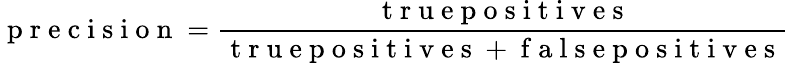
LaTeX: \mathrm{~p~r~e~c~i~s~i~o~n~}=\frac{\mathrm{~t~r~u~e~p~o~s~i~t~i~v~e~s~}}{\mathrm{~t~r~u~e~p~o~s~i~t~i~v~e~s~+~f~a~l~s~e~p~o~s~i~t~i~v~e~s~}}